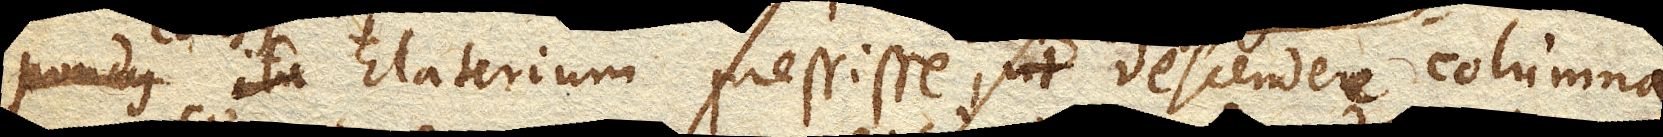
Elaterium pressisse, ut descendere columna